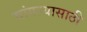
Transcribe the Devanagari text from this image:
चांगल्यासाठी